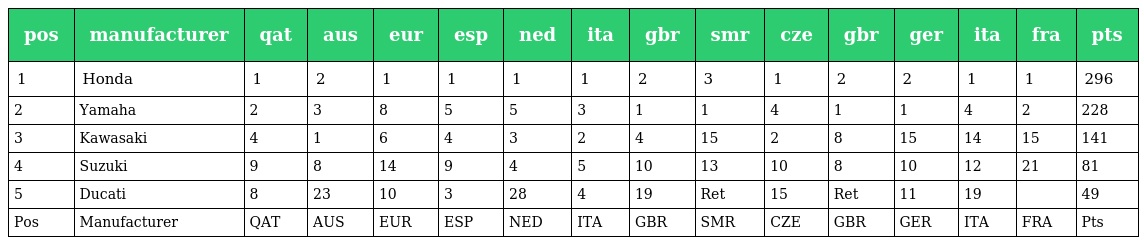
| pos | manufacturer | qat | aus | eur | esp | ned | ita | gbr | smr | cze | gbr | ger | ita | fra | pts |
 | --- | --- | --- | --- | --- | --- | --- | --- | --- | --- | --- | --- | --- | --- | --- | --- |
 | 1 | Honda | 1 | 2 | 1 | 1 | 1 | 1 | 2 | 3 | 1 | 2 | 2 | 1 | 1 | 296 |
 | 2 | Yamaha | 2 | 3 | 8 | 5 | 5 | 3 | 1 | 1 | 4 | 1 | 1 | 4 | 2 | 228 |
 | 3 | Kawasaki | 4 | 1 | 6 | 4 | 3 | 2 | 4 | 15 | 2 | 8 | 15 | 14 | 15 | 141 |
 | 4 | Suzuki | 9 | 8 | 14 | 9 | 4 | 5 | 10 | 13 | 10 | 8 | 10 | 12 | 21 | 81 |
 | 5 | Ducati | 8 | 23 | 10 | 3 | 28 | 4 | 19 | Ret | 15 | Ret | 11 | 19 |  | 49 |
 | Pos | Manufacturer | QAT | AUS | EUR | ESP | NED | ITA | GBR | SMR | CZE | GBR | GER | ITA | FRA | Pts |